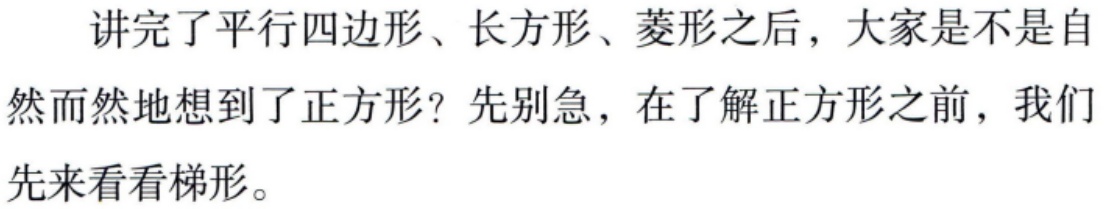
讲完了平行四边形、长方形、菱形之后，大家是不是自然而然地想到了正方形？先别急，在了解正方形之前，我们先来看看梯形。